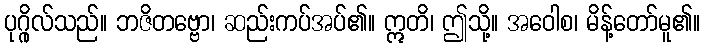
ပုဂ္ဂိုလ်သည်။ ဘဇိတဗ္ဗော၊ ဆည်းကပ်အပ်၏။ ဣတိ၊ ဤသို့။ အဝေါစ၊ မိန့်တော်မူ၏။